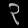
Digit: ၃